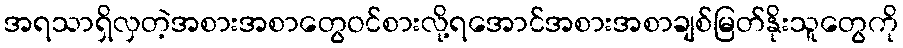
အရသာရှိလှတဲ့အစားအစာတွေဝင်စားလို့ရအောင်အစားအစာချစ်မြတ်နိုးသူတွေကို